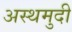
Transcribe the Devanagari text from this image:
अस्थमुदी